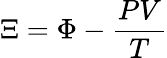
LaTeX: \Xi=\Phi-{\frac{PV}{T}}